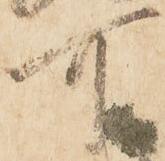
可